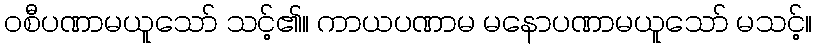
ဝစီပဏာမယူသော် သင့်၏။ ကာယပဏာမ မနောပဏာမယူသော် မသင့်။